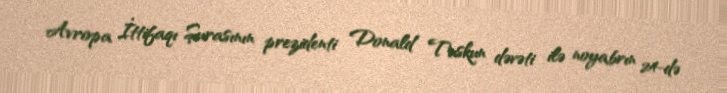
Avropa İttifaqı Şurasının prezidenti Donald Tuskun dəvəti ilə noyabrın 24-də